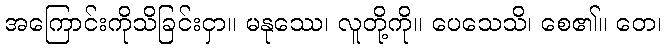
အကြောင်းကိုသိခြင်းငှာ။ မနုဿေ၊ လူတို့ကို။ ပေသေသိ၊ စေ၏။ တေ၊